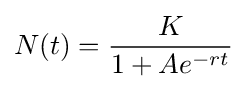
N(t)={K \over 1+Ae^{-rt}}